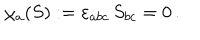
LaTeX: \chi _ { a } ( S ) : = \varepsilon _ { a b c } \, S _ { b c } = 0 \, .